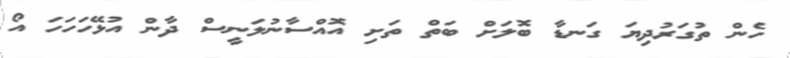
ހެން ތުގަރުދިޔަ ގަނޑާ ބޮލަށް ބަތް ތަށި އޮއްސާނުލަނީސް ދާން އުޅޭހަަހަހަ އޯ